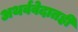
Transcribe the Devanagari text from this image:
अथर्ववेदातही